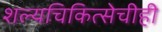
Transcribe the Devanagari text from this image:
शल्यचिकित्सेचीही